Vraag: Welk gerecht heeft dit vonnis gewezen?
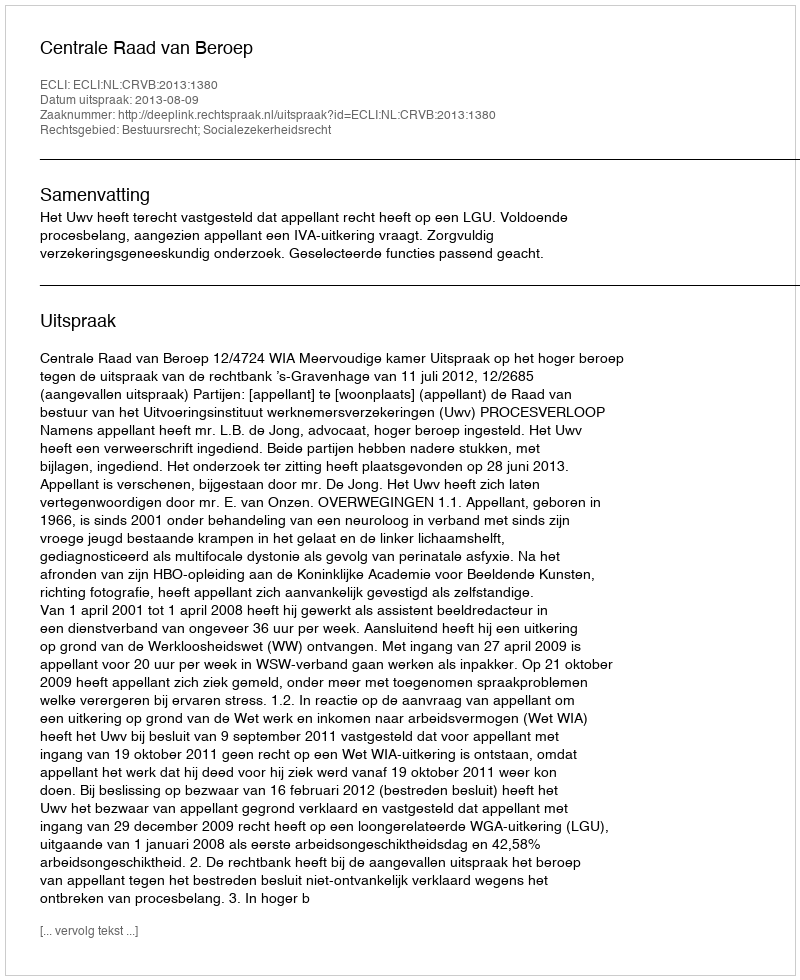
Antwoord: Centrale Raad van Beroep